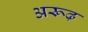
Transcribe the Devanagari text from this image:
अरूढ़